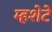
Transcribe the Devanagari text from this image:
म्हशेटे